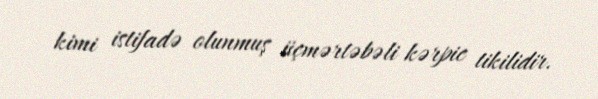
kimi istifadə olunmuş üçmərtəbəli kərpic tikilidir.